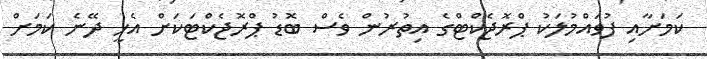
ކަމަށާއި ފުވައްމުލަކު ޕްރޮޖެކްޓްގެ އިތުރުން ވެސް ބޮޑު ޕްރޮޖެކްޓަކަށް އެހީ ދޭނެ ކަމަށް